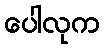
ပေါလုက